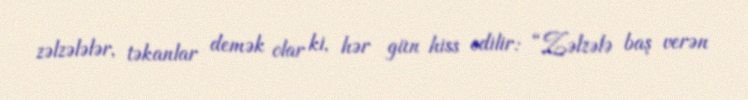
zəlzələlər, təkanlar demək olar ki, hər gün hiss edilir: “Zəlzələ baş verən